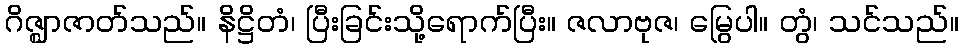
ဂိဇ္ဈာဇာတ်သည်။ နိဋ္ဌိတံ၊ ပြီးခြင်းသို့ရောက်ပြီး။ ဇလာဗုဇ၊ မြွေပါ။ တွံ၊ သင်သည်။